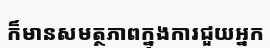
ក៏មានសមត្ថភាពក្នុងការជួយអ្នក